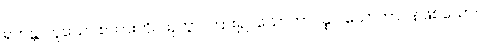
ရဟန္တာဟူသော စကားကို။ သုတွာ၊ ကြား၍။ သောတာပန္နာ၊ သောတာပန်ဖြစ်သော။